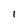
Character: l